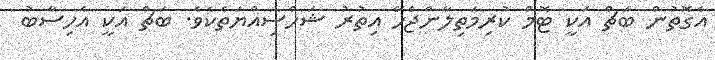
އެގޮތުން ބަޗް އަކީ ޓޮމް ކުރިމަތިލާންޖެހޭ އިތުރު ޝަހްސިއްޔަތެކެވެ. ބަޗް އަކީ އެހިސާބު